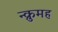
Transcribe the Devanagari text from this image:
न्क्रुमह